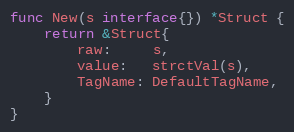
Language: Go
func New(s interface{}) *Struct {
	return &Struct{
		raw:     s,
		value:   strctVal(s),
		TagName: DefaultTagName,
	}
}